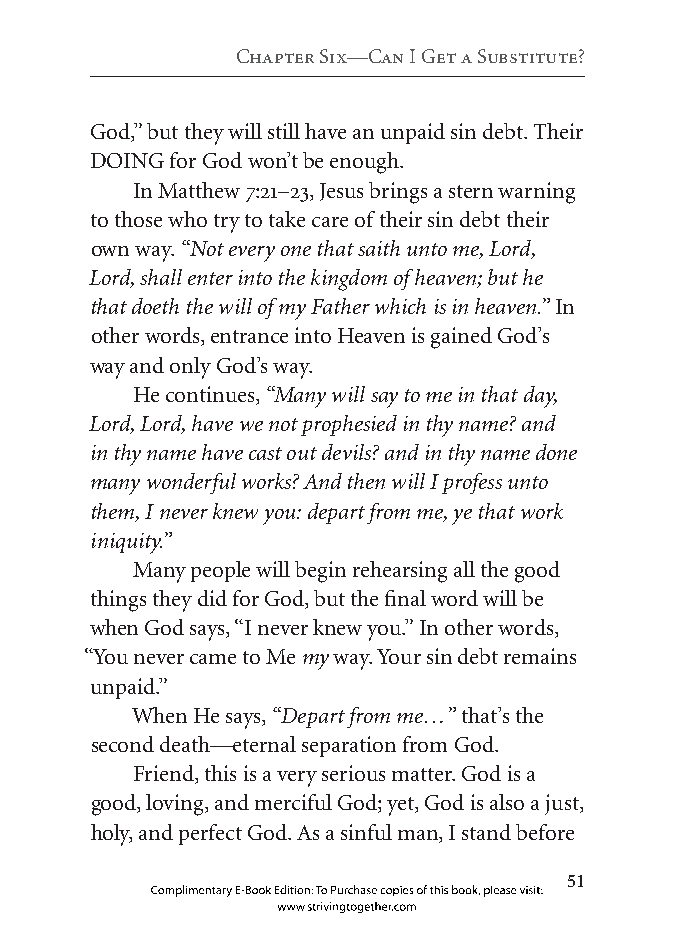
Chapter six—Can i get a substitute?
 God,” but they will still have an unpaid sin debt. Their
 DOING for God won’t be enough.
 In Matthew 7:21–23, Jesus brings a stern warning
 to those who try to take care of their sin debt their
 own way. “Not every one that saith unto me, Lord,
 Lord, shall enter into the kingdom of heaven; but he
 that doeth the will of my Father which is in heaven.” In
 other words, entrance into Heaven is gained God’s
 way and only God’s way.
 He continues, “Many will say to me in that day,
 Lord, Lord, have we not prophesied in thy name? and
 in thy name have cast out devils? and in thy name done
 many wonderful works? And then will I profess unto
 them, I never knew you: depart from me, ye that work
 iniquity.”
 Many people will begin rehearsing all the good
 things they did for God, but the final word will be
 when God says, “I never knew you.” In other words,
 “You never came to Me my way. Your sin debt remains
 unpaid.”
 When He says, “Depart from me…” that’s the
 second death—eternal separation from God.
 Friend, this is a very serious matter. God is a
 good, loving, and merciful God; yet, God is also a just,
 holy, and perfect God. As a sinful man, I stand before
 
 Complimentary E-Book Edition: To Purchase copies of this book, please visit:
 www.strivingtogether.com